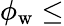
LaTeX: \phi_{\mathrm{w}}\leq